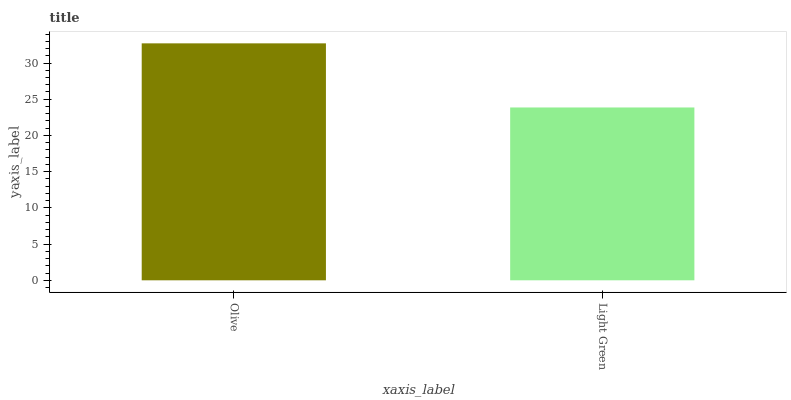
| xaxis_label | bars |
 | --- | --- |
 | Olive | 32.7 |
 | Light Green | 23.9 |